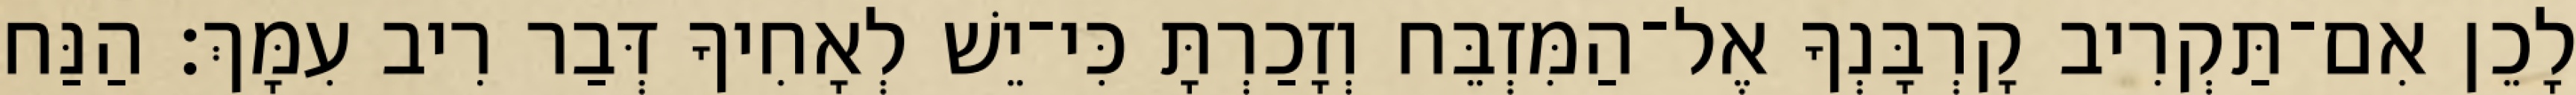
לָכֵן אִם־תַּקְרִיב קָרְבָּנְךָ אֶל־הַמִּזְבֵּח וְזָכַרְתָּ כִּי־יֵשׁ לְאָחִיךָ דְּבַר רִיב עִמָּךְ׃ הַנַּח